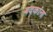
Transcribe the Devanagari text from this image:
बदकांना